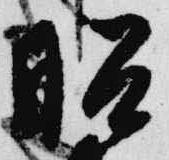
昭